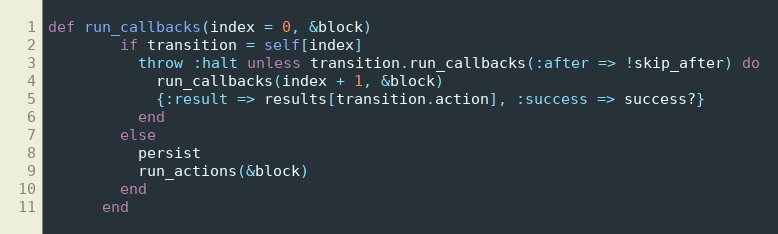
Language: Ruby
def run_callbacks(index = 0, &block)
        if transition = self[index]
          throw :halt unless transition.run_callbacks(:after => !skip_after) do
            run_callbacks(index + 1, &block)
            {:result => results[transition.action], :success => success?}
          end
        else
          persist
          run_actions(&block)
        end
      end